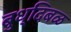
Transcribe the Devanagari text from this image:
बुध्दिबळ